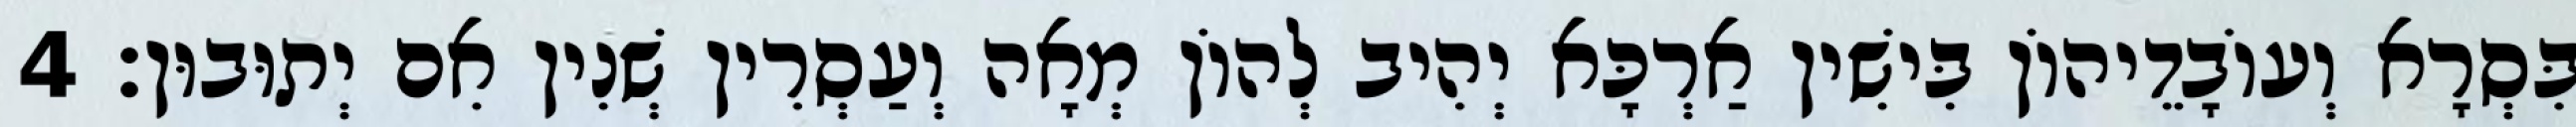
בִּסְרָא וְעוֹבָדֵיהוֹן בִּישִׁין אַרְכָּא יְהִיב לְהוֹן מְאָה וְעַסְרִין שְׁנִין אִם יְתוּבוּן׃ 4